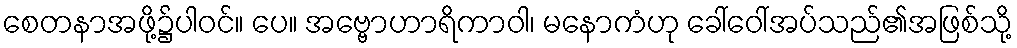
စေတနာအဖို့၌ပါဝင်။ ပေ။ အဗ္ဗောဟာရိကာဝါ၊ မနောကံဟု ခေါ်ဝေါ်အပ်သည်၏အဖြစ်သို့